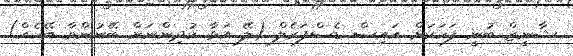
ޝާނީޒް ބުނީ ފަހަކަށް އައިސް ޑެސްފަރެލް (ލޭ އަޅާ ކުދިންނަށް ބޭނުންވާ ބޭހެއް)